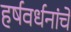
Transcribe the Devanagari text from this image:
हर्षवर्धनांचे